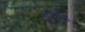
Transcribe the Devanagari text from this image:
रुवेसत